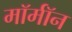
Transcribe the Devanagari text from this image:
मॉर्मॉन